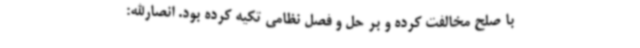
با صلح مخالفت کرده و بر حل و فصل نظامی تکیه کرده بود. انصارالله: